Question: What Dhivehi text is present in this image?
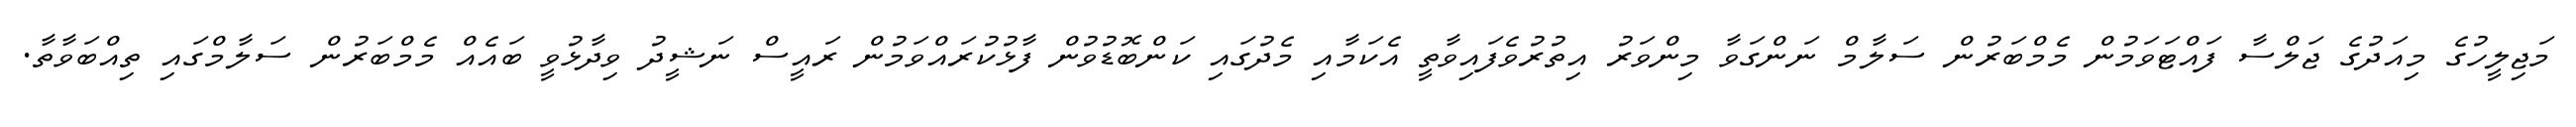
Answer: މަޖިލީހުގެ މިއަދުގެ ޖަލްސާ ފައްޓަވަމުން މެމްބަރުން ސަލާމް ނަންގަވާ މިންވަރު އިތުރުވެފައިވާތީ އެކަމާއި މެދުގައި ކަންބޮޑުވުން ފާޅުކުރައްވަމުން ރައީސް ނަޝީދު ވިދާޅުވީ ބައެއް މެމްބަރުން ސަލާމްގައި ތިއްބަވާތާ.